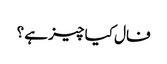
فال کیا چیز ہے ؟